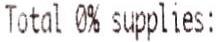
TOTAL 0% SUPPLIES: